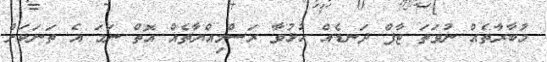
މުބާރާތެއް ނުވަތަ ޓާފް ދަނޑެއް ހުޅުވާ ރަސްމިއްޔާތެއް އޮތް ނަމަ އެ ތަނަކަށް